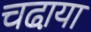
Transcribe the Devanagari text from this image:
चढा़या